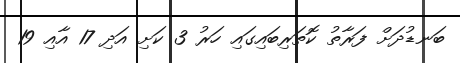
ބަނޑުދަށް ފަރާތު ކޮތަރިބައިގައި ހަރު 3 ކަށި އަދި 17 އާއި 19